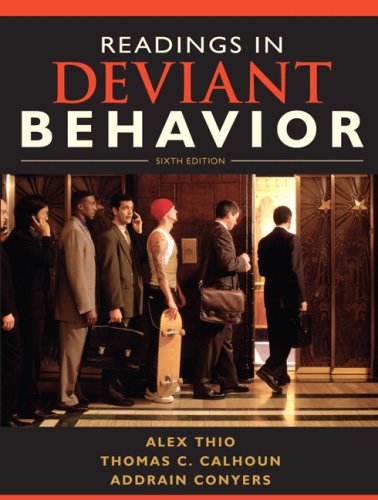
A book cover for Readings in Deviant Behavior (6th Edition); Alex D Thio; Law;